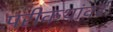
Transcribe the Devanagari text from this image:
परीकथांवर